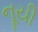
નૂયી